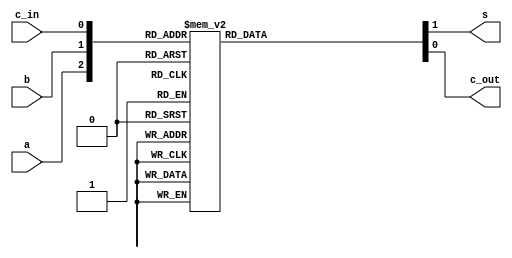
//VHDL_combinational_modelling , Example: 7, page 11
module full_adder (
    input wire a,
    input wire b,
    input wire c_in,
    output reg s,
    output reg c_out
);

wire [3:0] in;
    always@(a, b , c_in)
    begin
        case({a, b, c_in})
            3'b 000: {s, c_out} = 2'b00; 
            3'b 001: {s, c_out} = 2'b10; 
            3'b 010: {s, c_out} = 2'b10; 
            3'b 011: {s, c_out} = 2'b01; 
            3'b 100: {s, c_out} = 2'b10; 
            3'b 101: {s, c_out} = 2'b01; 
            3'b 110: {s, c_out} = 2'b01; 
            3'b 111: {s, c_out} = 2'b11; 
        endcase
    end
endmodule

`timescale 1ns/10ps

module full_adder_tb();

reg a, b, c_in;
wire s, c_out;

full_adder UUT (.a(a), .b(b), .c_in(c_in), .s(s), .c_out(c_out));

initial 
begin
    $timeformat(-9,2, "ns");
    $monitor ("[%0t] a=%0b b=%0b c_in=%0b s=%0b c_out=%0b", $time, a, b, c_in, s, c_out);
    
    a = 0;
    b = 0;
    c_in = 0;
    #10;

    a = 0;
    b = 0;
    c_in = 1;
    #10;

    a = 0;
    b = 1;
    c_in = 0;
    #10;

    a = 0;
    b = 1;
    c_in = 1;
    #10;

    a = 1;
    b = 0;
    c_in = 0;
    #10;

    a = 1;
    b = 0;
    c_in = 1;
    #10;

    a = 1;
    b = 1;
    c_in = 0;
    #10;

    a = 1;
    b = 1;
    c_in = 1;
    #10;
end
endmodule